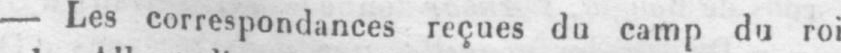
- Les correspondances reçues du camp du roi